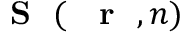
{ \mathrm { ~ { ~ \bf ~ S ~ } ~ } } ( \mathrm { ~ { ~ \bf ~ r ~ } ~ } , n )